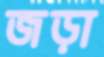
জড়া